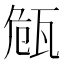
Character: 𭺠